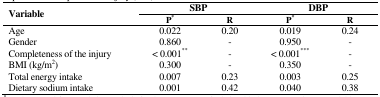
<table><thead><tr><td rowspan="2"><b>Variable</b></td><td colspan="2"><b>SBP</b></td><td colspan="2"><b>DBP</b></td></tr><tr><td><b>P*</b></td><td><b>R</b></td><td><b>P*</b></td><td><b>R</b></td></tr></thead><tbody><tr><td>Age</td><td>0.022</td><td>0.20</td><td>0.019</td><td>0.24</td></tr><tr><td>Gender</td><td>0.860</td><td>-</td><td>0.950</td><td>-</td></tr><tr><td>Completeness of the injury</td><td>&lt; 0.001**</td><td>-</td><td>&lt; 0.001***</td><td>-</td></tr><tr><td>BMI (kg/m<sup>2</sup>)</td><td>0.300</td><td>-</td><td>0.350</td><td>-</td></tr><tr><td>Total energy intake</td><td>0.007</td><td>0.23</td><td>0.003</td><td>0.25</td></tr><tr><td>Dietary sodium intake</td><td>0.001</td><td>0.42</td><td>0.040</td><td>0.38</td></tr></tbody></table>